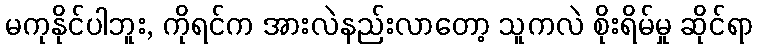
မကုနိုင်ပါဘူး, ကိုရင်က အားလဲနည်းလာတော့ သူကလဲ စိုးရိမ်မှု ဆိုင်ရာ